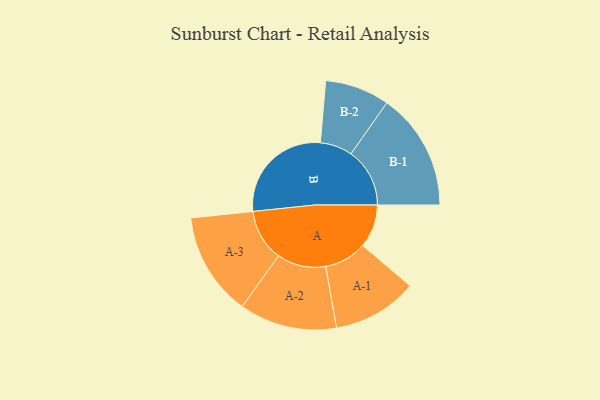
{"axis": {"x": "Segment", "y": "Value"}, "legend": ["", "A", "B"], "data": [{"x": "A", "y": 199, "type": ""}, {"x": "B", "y": 498, "type": ""}, {"x": "A-1", "y": 196, "type": "A"}, {"x": "A-2", "y": 225, "type": "A"}, {"x": "A-3", "y": 239, "type": "A"}, {"x": "B-1", "y": 271, "type": "B"}, {"x": "B-2", "y": 149, "type": "B"}]}